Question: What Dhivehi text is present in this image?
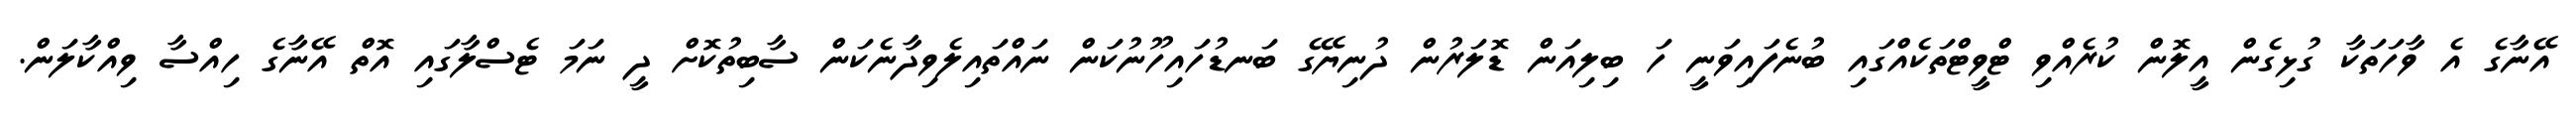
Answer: އޭނާގެ އެ ވާހަތަކާ ގުޅިގެން އީލޮން ކުރެއްވި ޓްވީޓްތަކެއްގައި ބުނެފައިވަނީ ހަ ބިލިއަން ޑޮލަރުން ދުނިޔޭގެ ބަނޑުހައިހޫނުކަން ނައްތައިލެވިދާނެކަން ސާބިތުކޮށް ދީ ނަމަ ޓެސްލާގައި އޮތް އޭނާގެ ހިއްސާ ވިއްކާލަން.